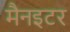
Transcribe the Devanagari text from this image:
मैनइटर